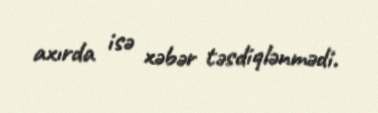
axırda isə xəbər təsdiqlənmədi.